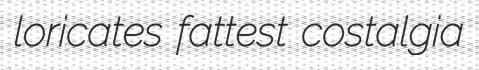
loricates fattest costalgia